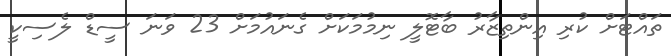
ތައްޓަށް ކުރި އިންތިޒާރު ބާޓޮލީ ނިމުމަކަށް ގެނައުމަށް 23 ވަނަ ސީޑް ލެސިކީ